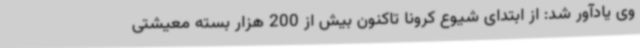
وی یادآور شد: از ابتدای شیوع کرونا تاکنون بیش از 200 هزار بسته معیشتی